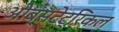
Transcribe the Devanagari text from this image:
ओब्सटेट्रिकल